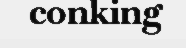
conking